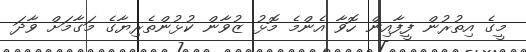
މީގެ އިތުރުން ފީފާއިން ހޮވާ އެންމެ މޮޅު ޒުވާން ކުޅުންތެރިޔާގެ މަގާމަށް ވާދަ